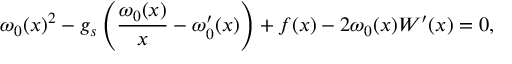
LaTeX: \omega _ { 0 } ( x ) ^ { 2 } - g _ { s } \left( \frac { \omega _ { 0 } ( x ) } { x } - \omega _ { 0 } ^ { \prime } ( x ) \right) + f ( x ) - 2 \omega _ { 0 } ( x ) W ^ { \prime } ( x ) = 0 ,